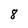
Character: 8